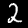
Label: 2